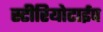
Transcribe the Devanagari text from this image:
स्टीरियोटाईप